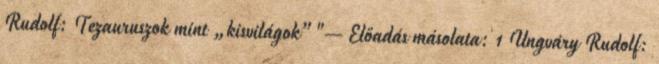
Rudolf: Tezauruszok mint „kisvilágok”"— Előadás másolata: 1 Ungváry Rudolf: